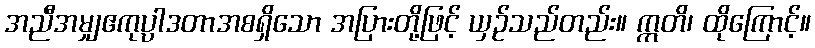
အညီအမျှဧကုပ္ပါဒတာအစရှိသော အပြားတို့ဖြင့် ယှဉ်သည်တည်း။ ဣတိ၊ ထိုကြောင့်။